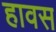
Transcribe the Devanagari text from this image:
हावस